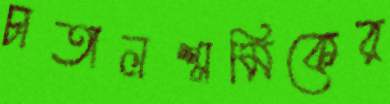
চাতালশ্রমিকের